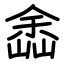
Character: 嵞